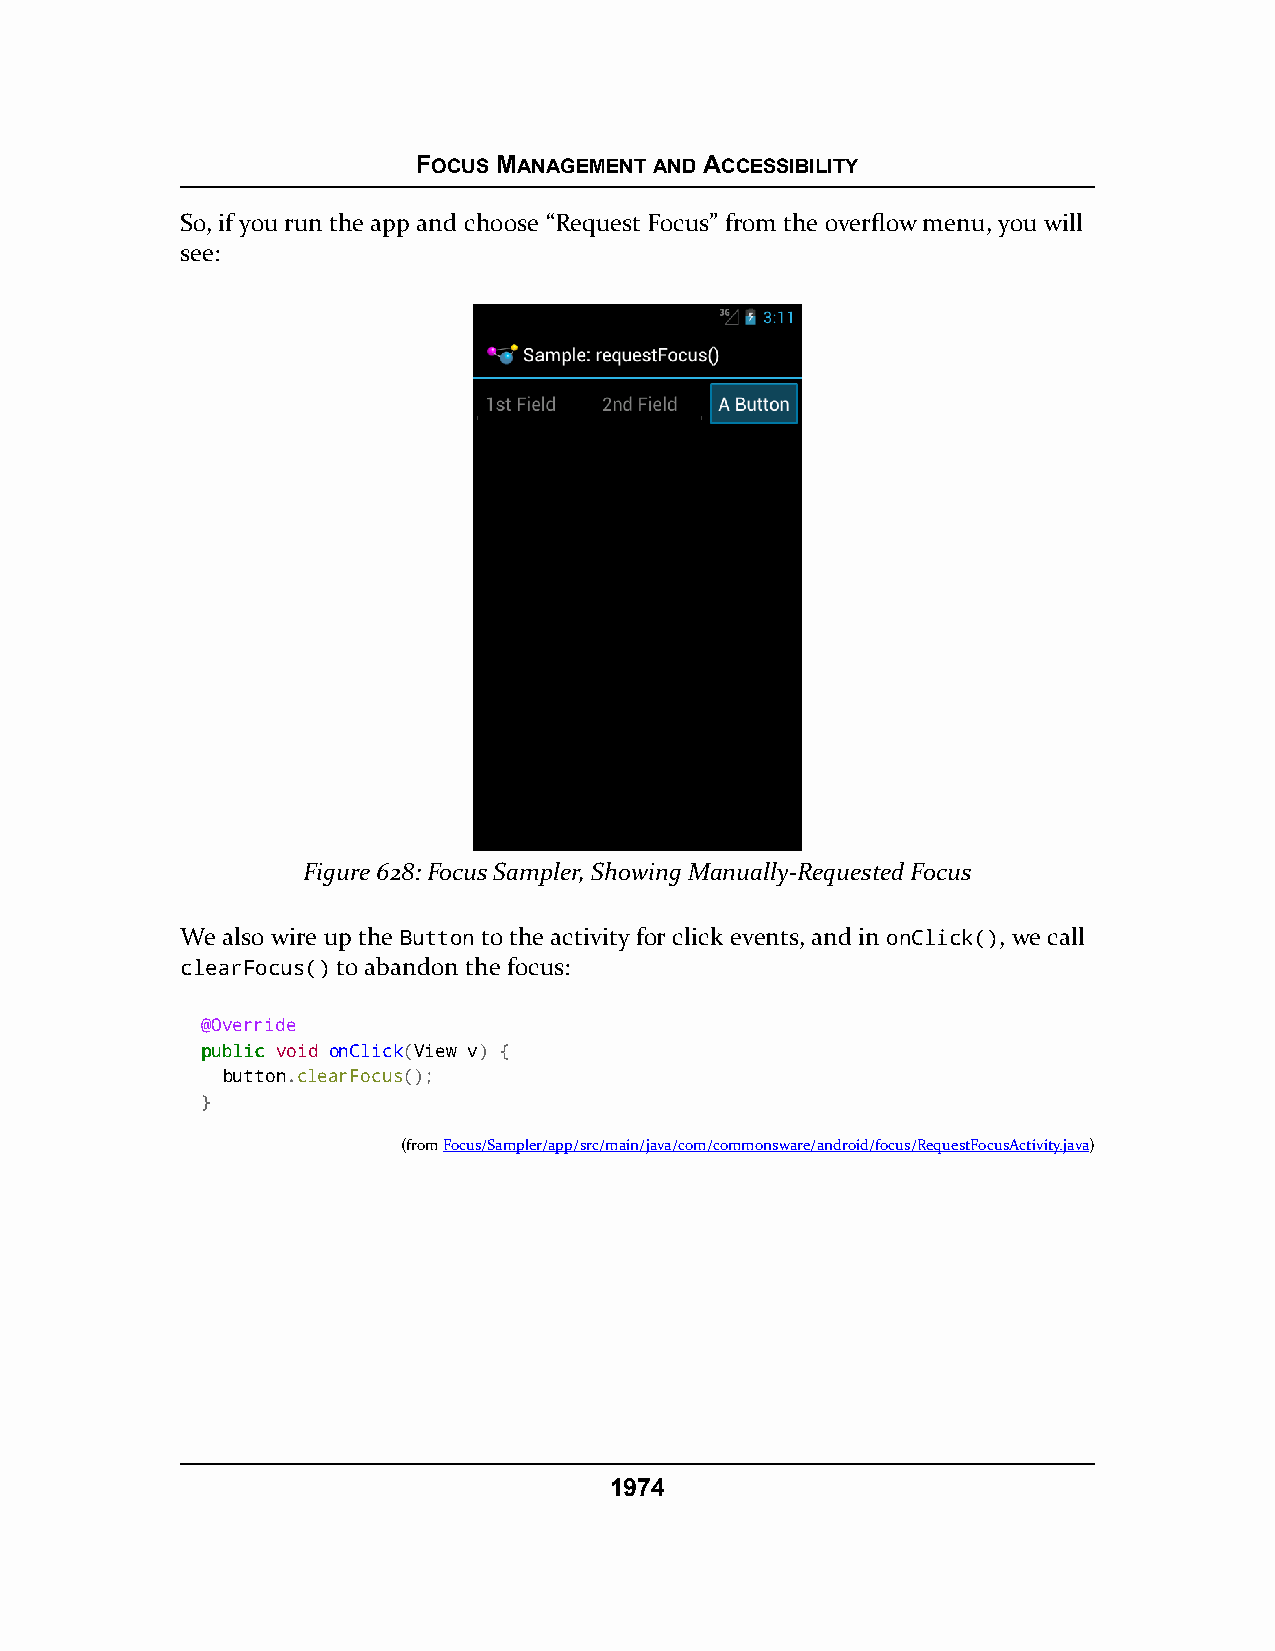
FOCUS MANAGEMENT AND ACCESSIBILITY
 So, if you run the app and choose “Request Focus” from the overflow menu, you will
 see:
 Figure 628: Focus Sampler, Showing Manually-Requested Focus
 We also wire up the Button to the activity for click events, and in onClick(), we call
 clearFocus() to abandon the focus:
 @Override
 ppuubblliicc void onClick(View v) {
 button.clearFocus();
 }
 (fromFocus/Sampler/app/src/main/java/com/commonsware/android/focus/RequestFocusActivity.java)
 1974